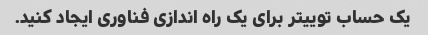
یک حساب توییتر برای یک راه اندازی فناوری ایجاد کنید.